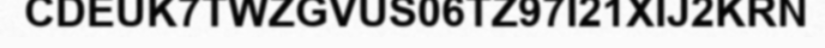
CDEUK7TWZGVUS06TZ97I21XIJ2KRN